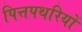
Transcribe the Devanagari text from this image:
पित्तपथरियों